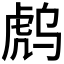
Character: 𰲟